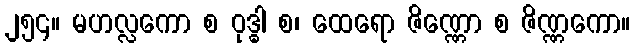
၂၅၄။ မဟလ္လကော စ ဝုဒ္ဓါ စ၊ ထေရော ဇိဏ္ဏော စ ဇိဏ္ဏကော။